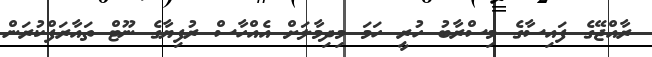
ރާއްޖޭގެ ފައިސާގެ މިސްރާބު ހުރީ ހަމަ މިދިމާލަށް އެއްހާސް ރުފިޔާގެ ނޫޓް ތައާރަފްކުރަން